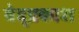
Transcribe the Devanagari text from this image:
वेद्प्रकाश